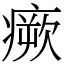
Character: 瘚